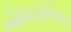
એવિયોનિકસ